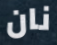
نان